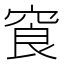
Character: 䆡